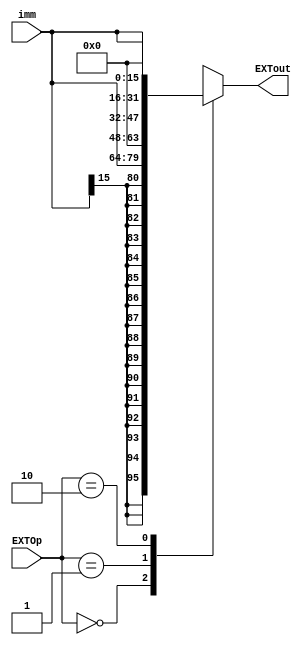
`timescale 1ns / 1ps
//////////////////////////////////////////////////////////////////////////////////
// Company: 
// Engineer: 
// 
// Design Name: 
// Module Name:    EXT 
// Project Name: 
// Target Devices: 
// Tool versions: 
// Description: 
//
// Dependencies: 
//
// Revision: 
// Revision 0.01 - File Created
// Additional Comments: 
//
//////////////////////////////////////////////////////////////////////////////////
module EXT(
    input [1:0] EXTOp,
    input [15:0] imm,
    output reg [31:0] EXTout
    );
	 
	 parameter sign   = 2'b00,  //
	           unsign = 2'b01,  //
				  lui    = 2'b10;  //
				  
	always@(*) begin
	     case(EXTOp)
		      sign   : EXTout = {{16{imm[15]}},imm[15:0]};
				unsign : EXTout = {16'b0,imm[15:0]};
				lui    : EXTout = {imm[15:0],16'b0};
				default: EXTout = 32'bx;
		  endcase
	 end


endmodule